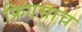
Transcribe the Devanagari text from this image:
फ्रिएसाच